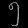
Digit: ၅